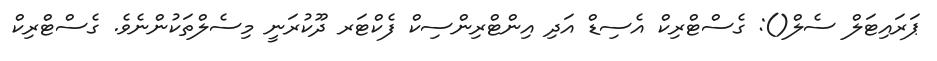
ޕަރައިޓަލް ސެލް(): ގެސްޓްރިކް އެސިޑް އަދި އިންޓްރިންސިކް ފެކްޓަރ ދޫކުރަނީ މިސެލްތަކުންނެވެ. ގެސްޓްރިކް